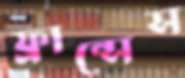
ফ্রান্সেস